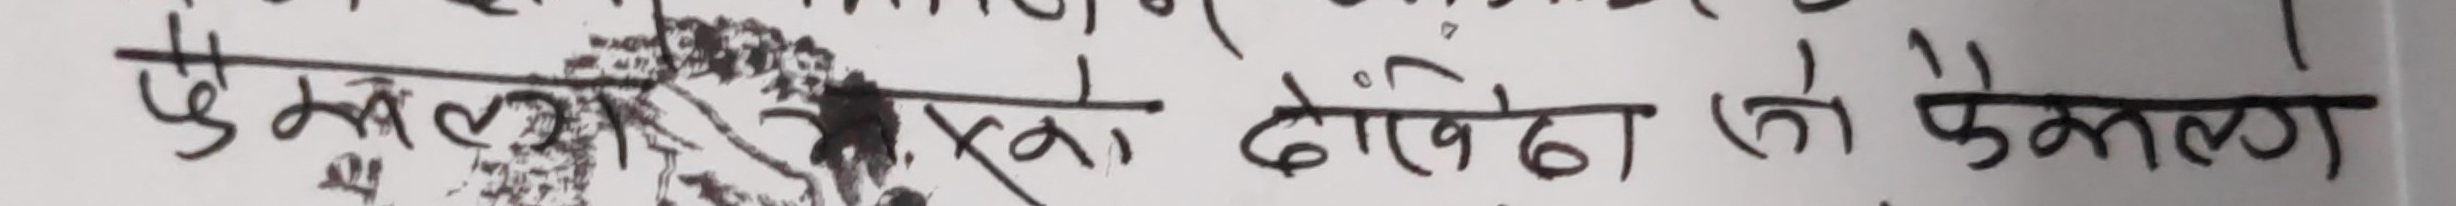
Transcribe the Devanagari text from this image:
एकले अर्कोलाई दोष देखाला